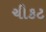
ચીકટ